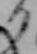
る